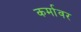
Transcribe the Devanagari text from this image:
कर्मावर